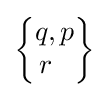
{\begin{Bmatrix}q,p\\r\ \ \end{Bmatrix}}